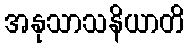
အနုသာသနိယာတိ